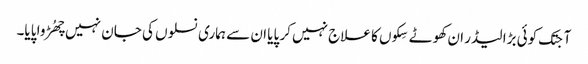
آجتک کوئی بڑا لیڈر ان کھوٹے سِکوں کا علاج نہیں کر پایا ان سے ہماری نسلوں کی جان نہیں چھُڑوا پایا۔